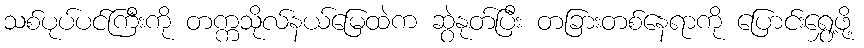
သစ်ပုပ်ပင်ကြီးကို တက္ကသိုလ်နယ်မြေထဲက ဆွဲနုတ်ပြီး တခြားတစ်နေရာကို ပြောင်းရွှေ့ဖို့